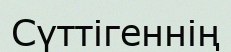
Сүттігеннің